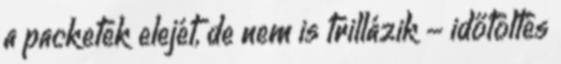
a packetek elejét, de nem is trillázik - időtöltés